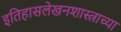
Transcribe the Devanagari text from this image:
इतिहासलेखनशास्त्राच्या